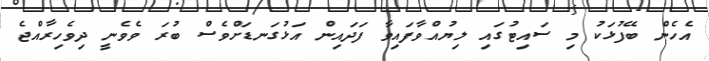
އެހެން ބޭފުޅަކު މި ސައިޓުގައި ލިޔުއްވާފައިވާ ފަދައިން އަޅުގަނޑަށްވެސް ބުރަ ވެވެނީ ދިވެހިރާއްޖެ